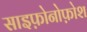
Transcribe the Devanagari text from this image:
साइफ़ोनोफ़ोश